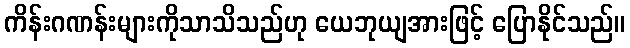
ကိန်းဂဏန်းများကိုသာသိသည်ဟု ယေဘုယျအားဖြင့် ပြောနိုင်သည်။